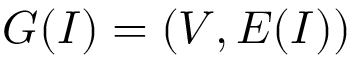
G ( I ) = ( V , E ( I ) )